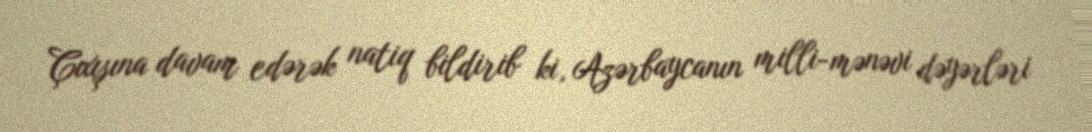
Çıxışına davam edərək natiq bildirib ki, Azərbaycanın milli-mənəvi dəyərləri